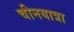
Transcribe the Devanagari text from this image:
चीनयात्रा